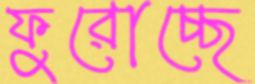
ফুরোচ্ছে